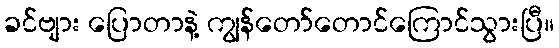
ခင်ဗျား ပြောတာနဲ့ ကျွန်တော်တောင်ကြောင်သွားပြီ။